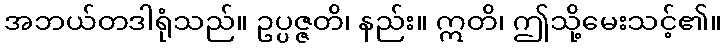
အဘယ်တဒါရုံသည်။ ဥပ္ပဇ္ဇတိ၊ နည်း။ ဣတိ၊ ဤသို့မေးသင့်၏။